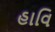
હાવિ